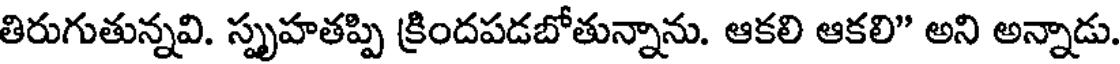
తిరుగుతున్నవి. స్పృహతప్పి క్రిందపడబోతున్నాను. ఆకలి ఆకలి" అని అన్నాడు.